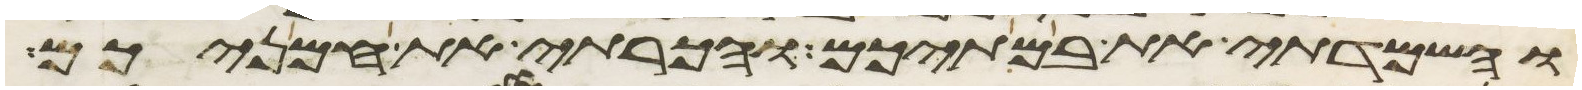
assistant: והשמדתי את במתיכם והכרתי את חמניכם